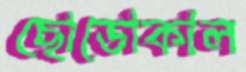
ছোডোকাল